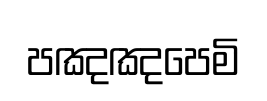
පඤඤපෙමි